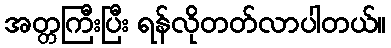
အတ္တကြီးပြီး ရန်လိုတတ်လာပါတယ်။